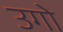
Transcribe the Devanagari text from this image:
उगो